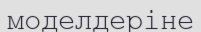
моделдеріне